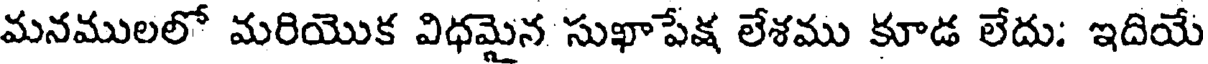
మనములలో మరియొక విధమైన సుఖాపేక్ష లేశము కూడ లేదు: ఇదియే